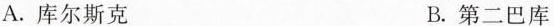
A.库尔斯克 B.第二巴库